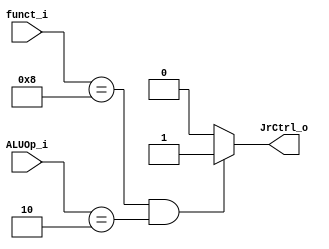
//Subject:     CO project 2 - ALU Controller
//--------------------------------------------------------------------------------
//Version:     1
//--------------------------------------------------------------------------------
//Writer:      0516215 ???
//----------------------------------------------
//Date:        
//----------------------------------------------
//Description: 
//--------------------------------------------------------------------------------

module Jr_Ctrl(
        funct_i,
        ALUOp_i,
        JrCtrl_o
);
          
//I/O ports 
input      [6-1:0] funct_i;
input      [3-1:0] ALUOp_i;

output     JrCtrl_o;    
     
//Internal Signals

//Parameter
       
//Select exact operation
/*
always @(funct_i, ALUOp_i)begin
    if(funct_i == 6'b001000 && ALUOp_i == 2'b10)
        JrCtrl_o = 1;
    else
        JrCtrl_o = 0;
end
*/
assign  JrCtrl_o = (funct_i == 6'b001000 && ALUOp_i == 2'b10) ? 1'b1 : 1'b0;
endmodule